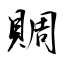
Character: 賙